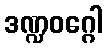
ဒဏ္ဍဝဂ္ဂေါ